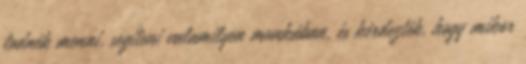
tudnék menni, segíteni valamilyen munkában, és kérdezték, hogy mikor